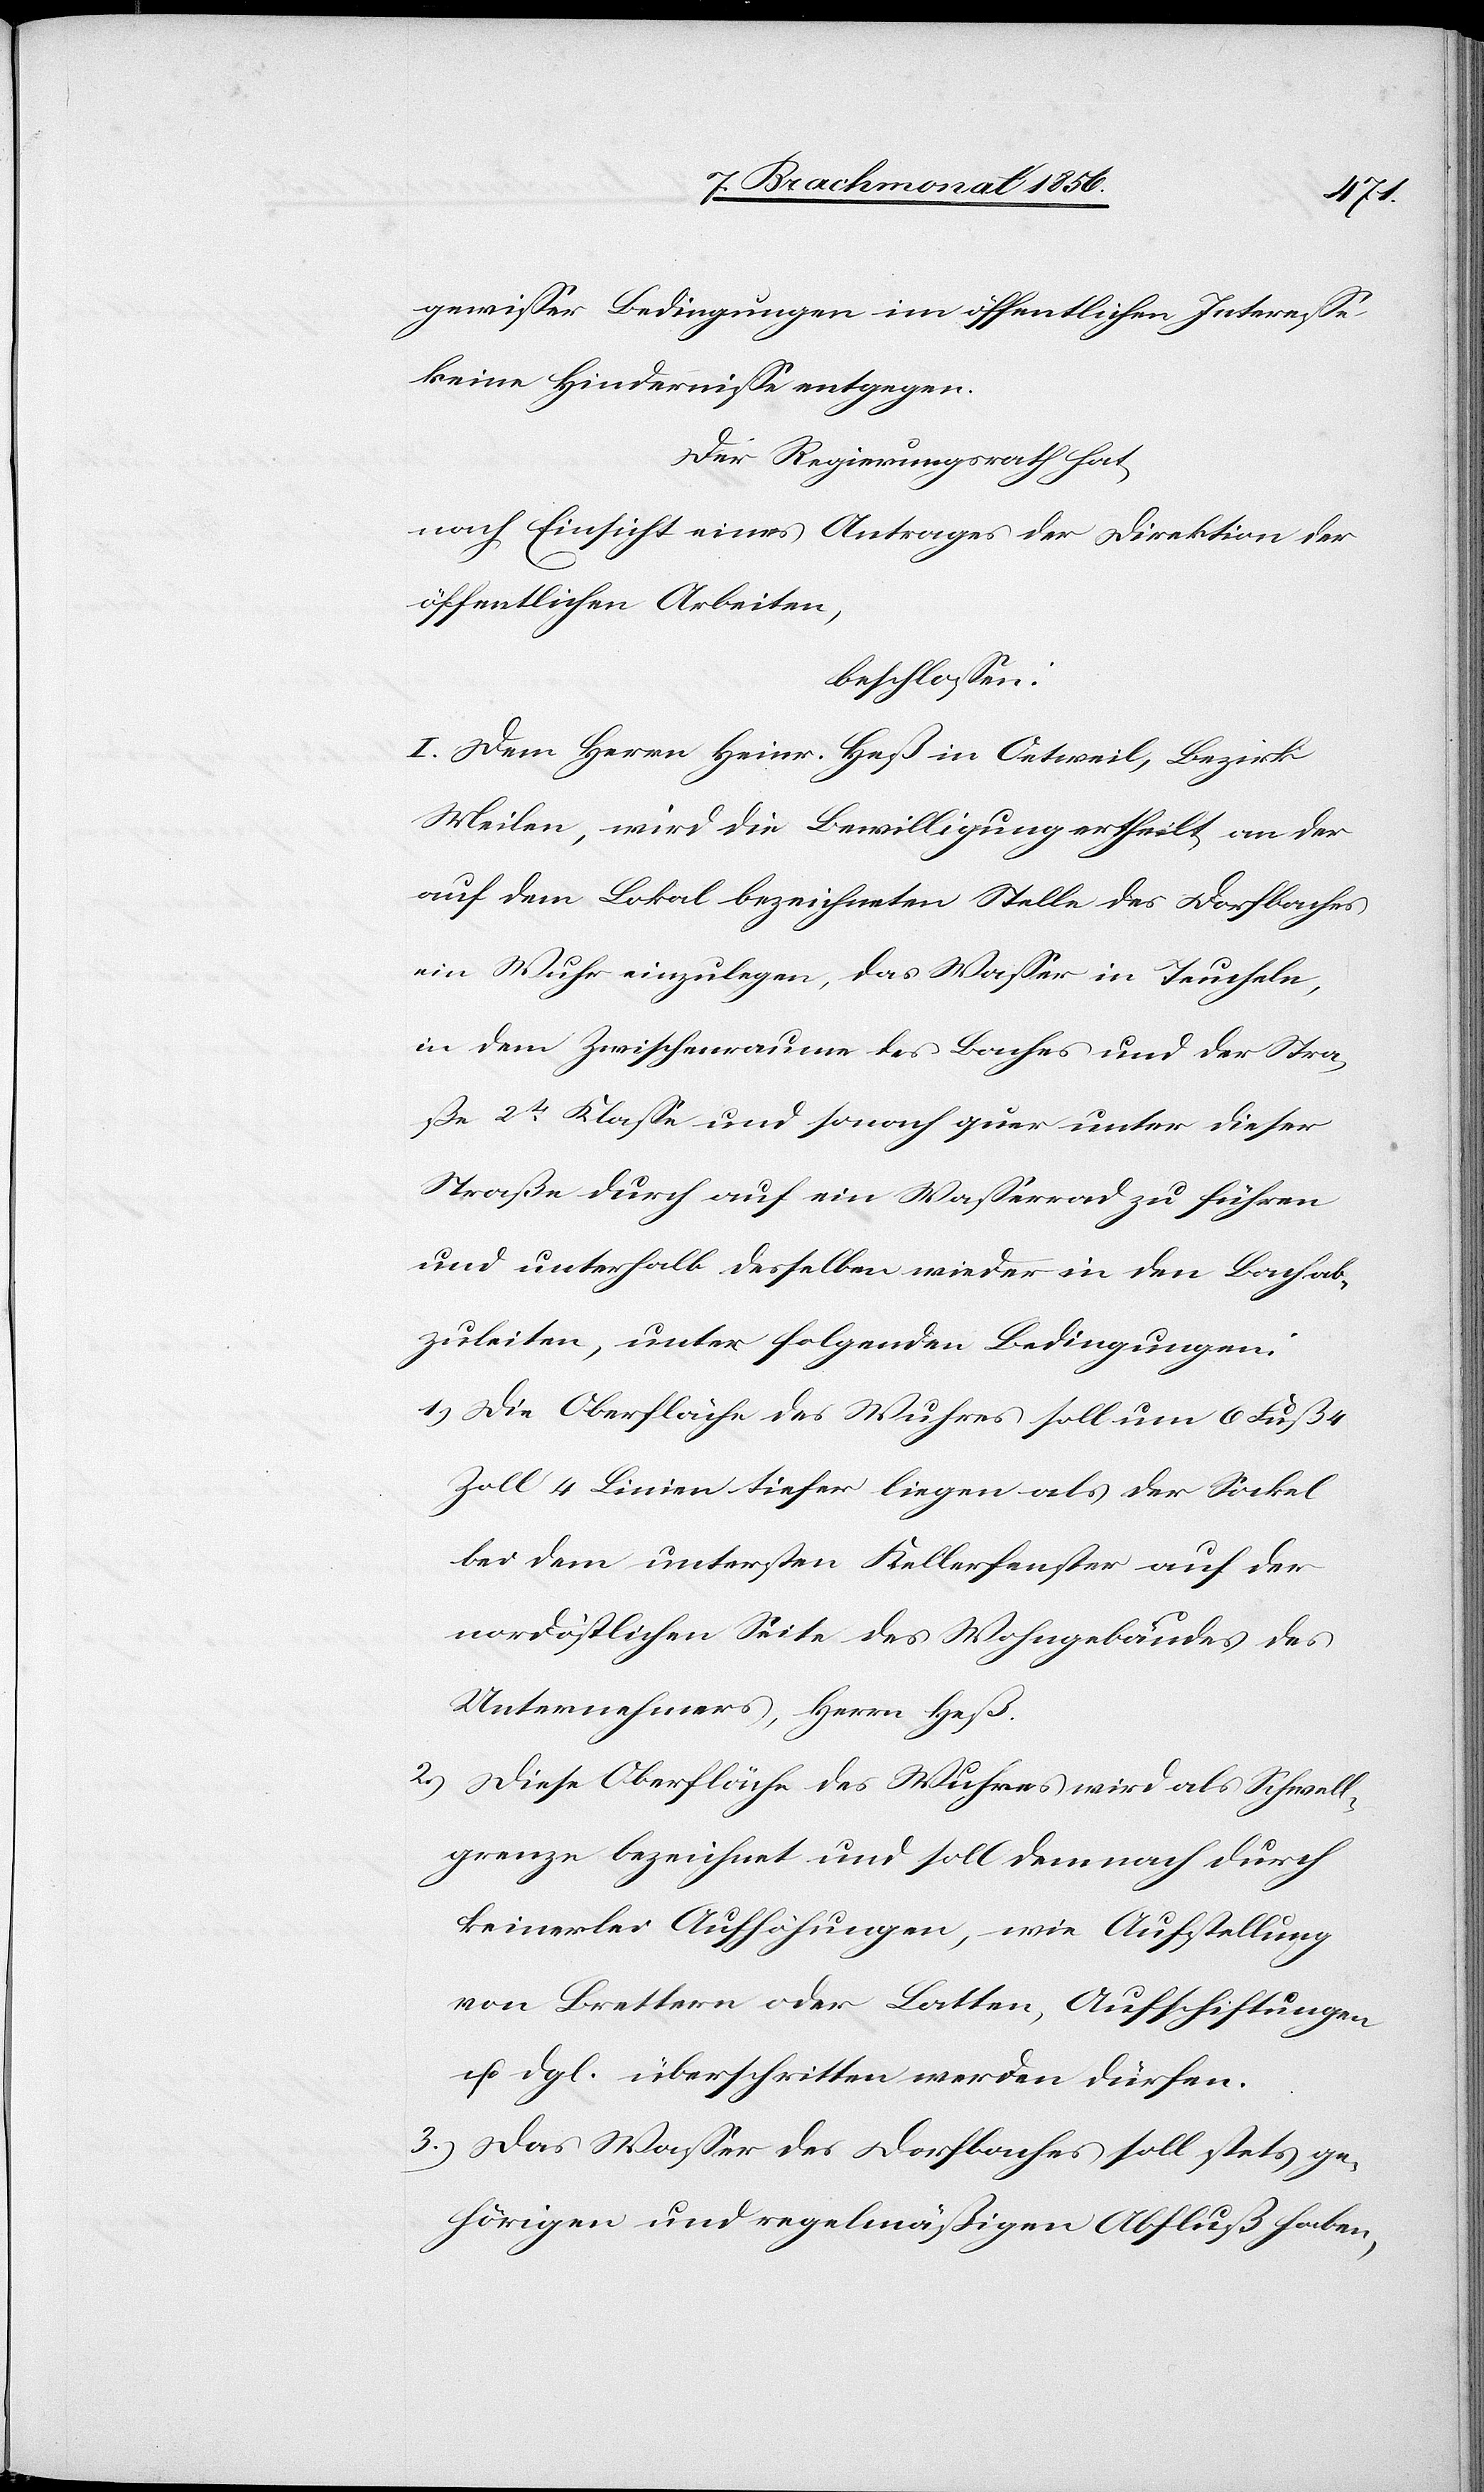
gewisser Bedingungen im öffentlichen Interesse
keine Hindernisse entgegen.
Der Regierungsrath hat,
nach Einsicht eines Antrages der Direktion der
öffentlichen Arbeiten,
beschlossen:
I. Dem Herrn Heinr. Heß in Oetweil, Bezirk
Meilen, wird die Bewilligung ertheilt, an der
auf dem Lokal bezeichneten Stelle des Dorfbaches
ein Wuhr einzulegen, das Wasser in Teucheln,
in dem Zwischenraum des Baches und der Stra¬
ße 2t Klasse und sonach quer unter dieser
Straße durch auf ein Wasserrad zu führen
und unterhalb desselben wieder in den Bach ab¬
zuleiten, unter folgenden Bedingungen:
1.) Die Oberfläche des Wuhres soll um 6 Fuß 4
Zoll 4 Linien tiefer liegen als der Sockel
bei dem untersten Kellerfenster auf der
nordöstlichen Seite des Wohngebäudes des
Unternehmers, Herrn Heß.
2.) Diese Oberfläche des Wuhres wird als Schwell¬
grenze bezeichnet und soll demnach durch
keinerlei Aufhöhungen, wie Aufstellung
von Brettern oder Latten, Aufschiftungen
u. dgl. überschritten werden dürfen.
3.) Das Wasser des Dorfbaches soll stets ge¬
hörigen und regelmäßigen Abfluß haben,